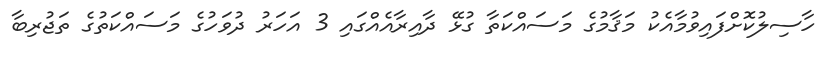
ހާސިލުކޮށްފައިވުމާއެކު މަޤާމުގެ މަސައްކަތާ ގުޅޭ ދާއިރާއެއްގައި 3 އަހަރު ދުވަހުގެ މަސައްކަތުގެ ތަޖުރިބާ